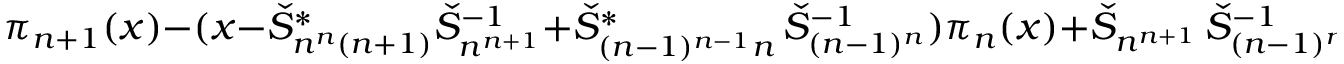
\pi _ { n + 1 } ( x ) - ( x - \check { S } _ { n ^ { n } ( n + 1 ) } ^ { * } \check { S } _ { n ^ { n + 1 } } ^ { - 1 } + \check { S } _ { ( n - 1 ) ^ { n - 1 } n } ^ { * } \, \check { S } _ { ( n - 1 ) ^ { n } } ^ { - 1 } ) \pi _ { n } ( x ) + \check { S } _ { n ^ { n + 1 } } \, \check { S } _ { ( n - 1 ) ^ { n } } ^ { - 1 } \, \pi _ { n - 1 } ( x ) = 0